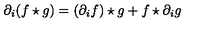
\partial _ { i } ( f \star g ) = ( \partial _ { i } f ) \star g + f \star \partial _ { i } g